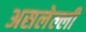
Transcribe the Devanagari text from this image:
असलेल्ली